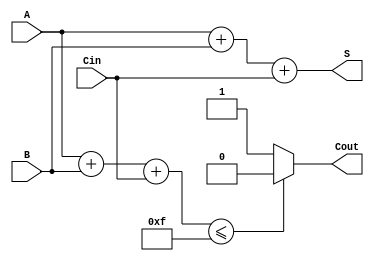
//descriere sumator
module sumator4 (A,B,Cin,S,Cout);
input [3:0] A,B;
input Cin;
output reg [3:0] S;
output reg Cout;

always @(A or B or Cin) //@(*)
begin
//suma A+B+Cin <= 15 (S=1111)
if(A+B+Cin <= 15) begin
  S=A+B+Cin;
  Cout=0;
end
else begin //suma > 15
  S=A+B+Cin;
  Cout=1;
end

end
endmodule

module test_sumator4;
reg [3:0] A,B;
reg Cin;
wire [3:0] S;
wire Cout;
sumator4 SUM (A,B,Cin,S,Cout);
initial begin
  A = 8;
  B = 4;
  Cin = 1; //S=13 1101 Cout=0
  #20
  B = 10; //S=19 0011 Cout=1
end
endmodule